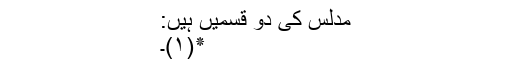
مدلس کی دو قسمیں ہیں:
٭(۱)۔